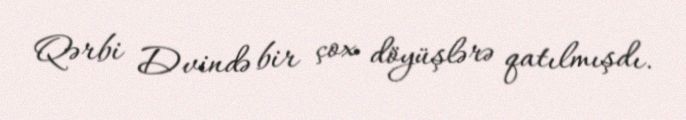
Qərbi Dvində bir çox döyüşlərə qatılmışdı.